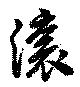
瀼